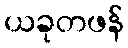
ယခုတဖန်